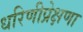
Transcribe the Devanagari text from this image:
धरिणीप्रेक्षणा